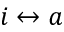
i \leftrightarrow a